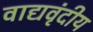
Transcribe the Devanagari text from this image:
वाद्यवृंदीय